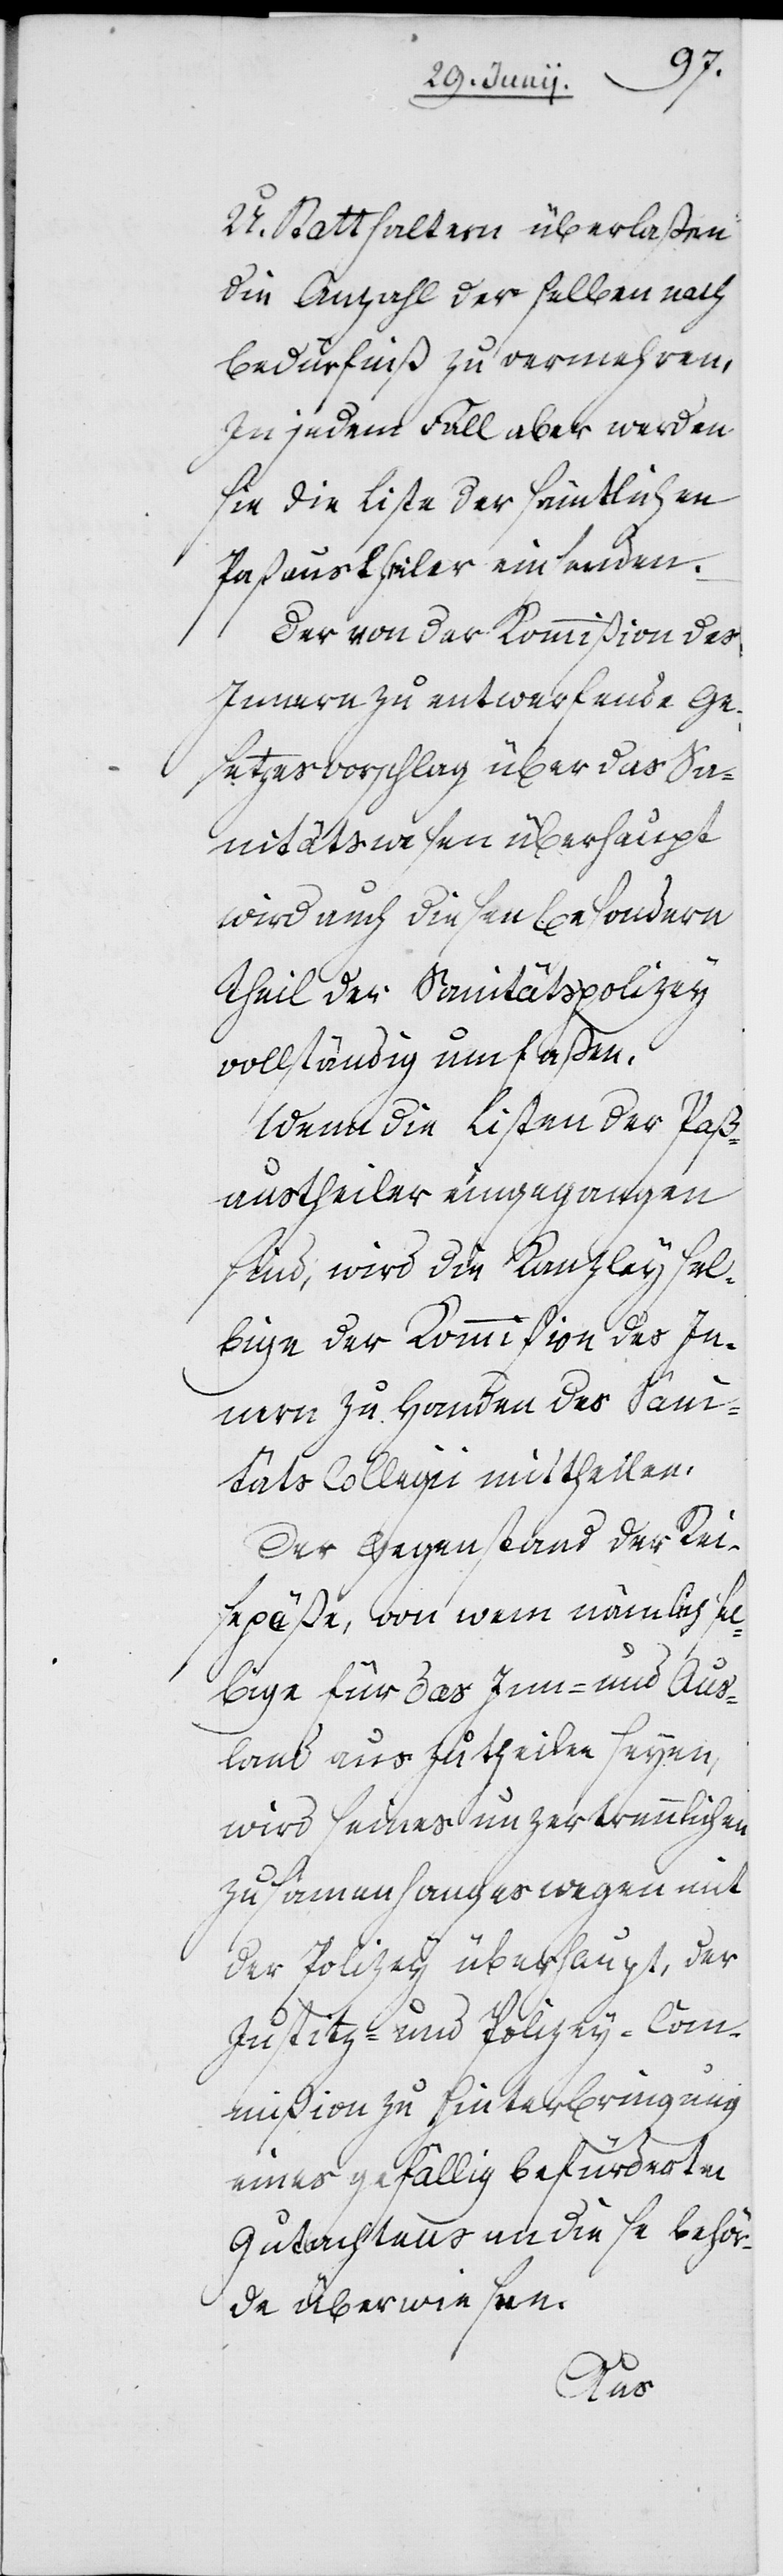
U. Statthaltern überlaßen
die Anzahl derselben nach
Bedürfniß zu vermehren.
In jedem Fall aber werden
sie die Liste der sämtlichen
Paßaustheiler einsenden.
Der von der Kommißion des
Innern zu entwerfende Ge¬
setzesvorschlag über das Sa¬
nitätswesen überhaupt
wird auch diesen besondern
Theil der Sanitätspolizey
vollständig umfaßen.
Wenn die Listen der Paß¬
austheiler eingegangen
sind, wird die Kanzley sel¬
bige der Kommißion des In¬
nern zu Handen des Sani¬
täts Collegii mittheilen.
Der Gegenstand der Rei¬
sepäße, von wem nämlich sel¬
bige für das Inn- und Aus¬
land auszutheilen seyen,
wird seines unzertrennlichen
Zusamenhanges wegen mit
der Polizey überhaupt, der
Justitz- und Polizey-Com¬
mißion zu Hinterbringung
eines gefällig befürderten
Gutachtens an diese Behör¬
de überwiesen.